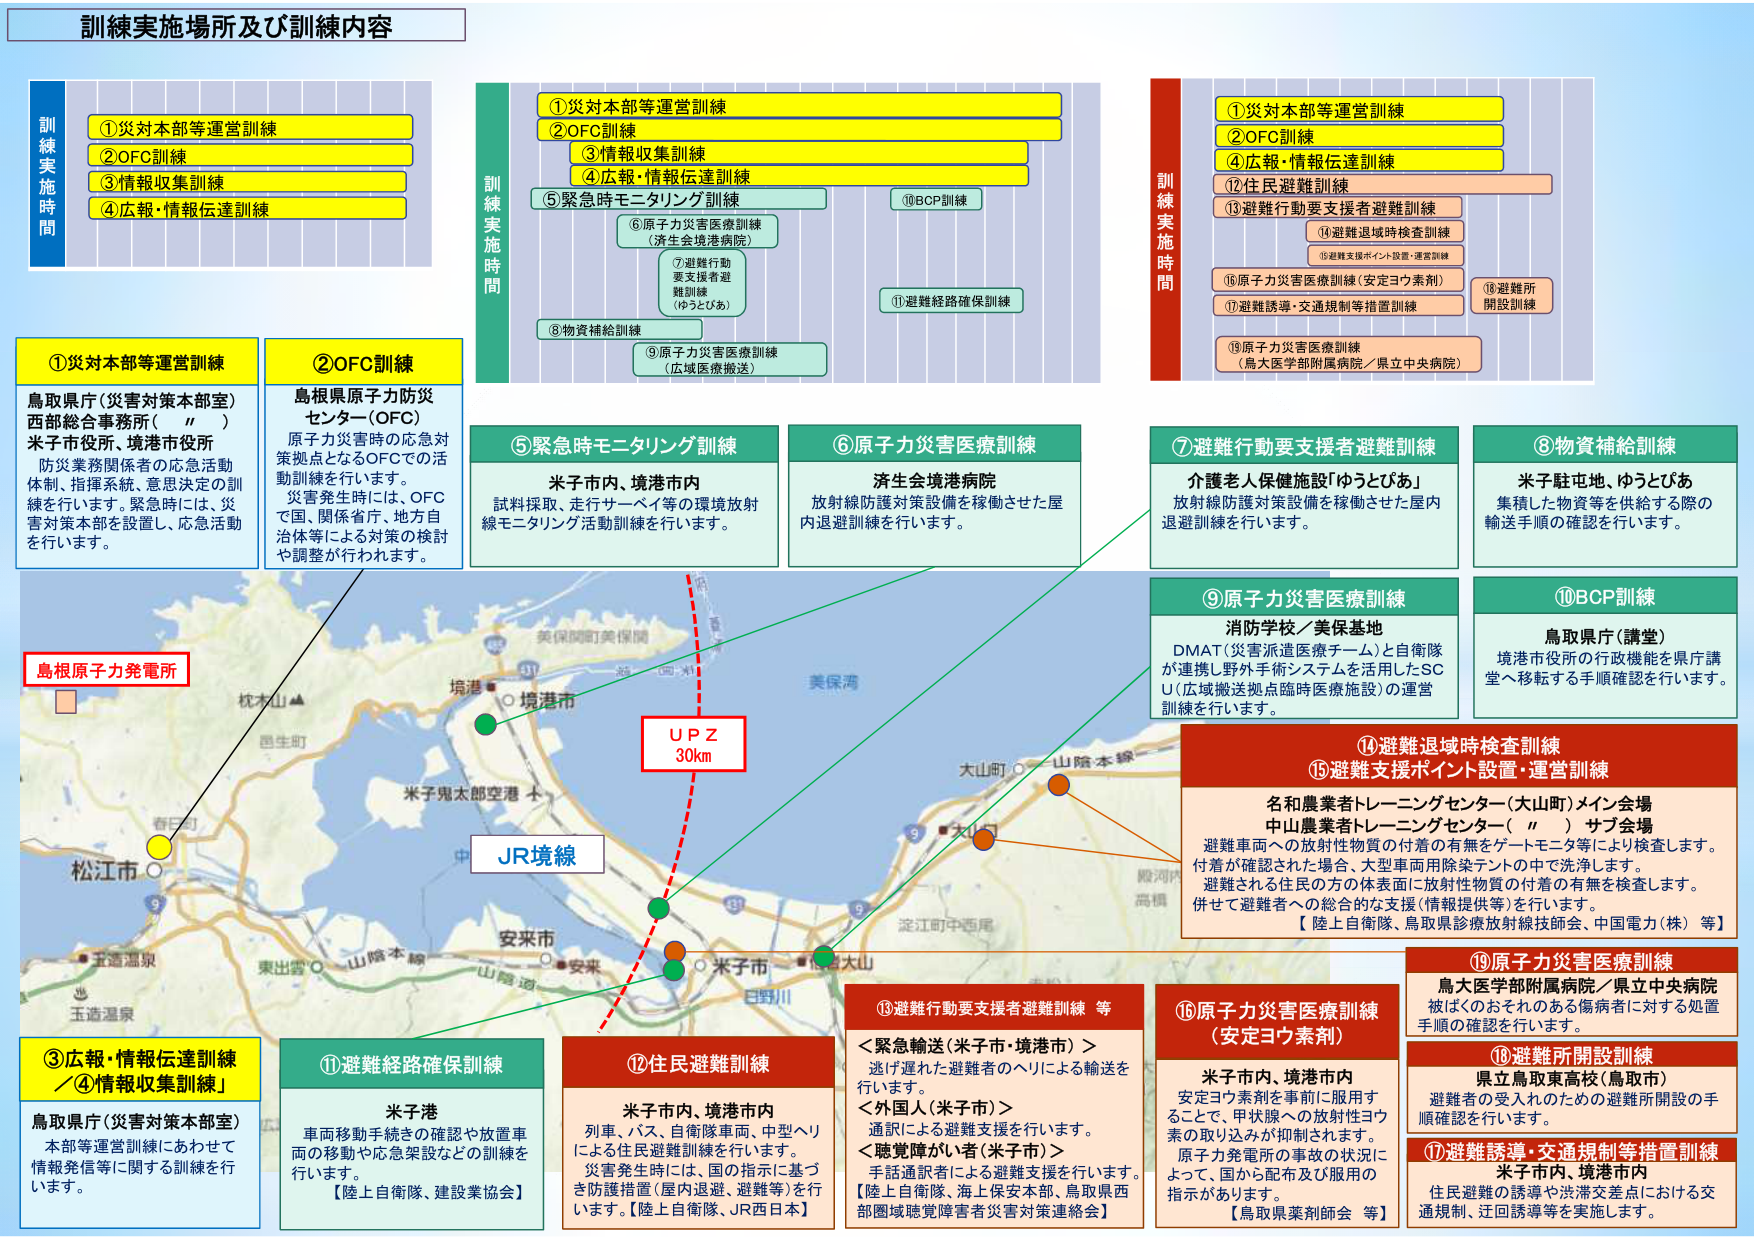
訓練実施場所及び訓練内容

訓練実施時間
①災対本部等運営訓練
②OFC訓練
③情報収集訓練
④広報・情報伝達訓練

訓練実施時間
①災対本部等運営訓練
②OFC訓練
③情報収集訓練
④広報・情報伝達訓練
⑤緊急時モニタリング訓練
⑥原子力災害医療訓練（済生会境港病院）
⑦避難行動要支援者避難訓練（ゆうとぴあ）
⑧物資補給訓練
⑨原子力災害医療訓練（広域医療搬送）
⑩BCP訓練
⑪避難経路確保訓練

訓練実施時間
①災対本部等運営訓練
②OFC訓練
④広報・情報伝達訓練
②住民避難訓練
⑬避難行動要支援者避難訓練
⑭避難退域時検査訓練
⑮避難支援ポイント設置・運営訓練
⑯原子力災害医療訓練（安定ヨウ素剤）
⑰避難誘導・交通規制等措置訓練
⑱避難所開設訓練
⑲原子力災害医療訓練（鳥大医学部附属病院／県立中央病院）

①災対本部等運営訓練
鳥取県庁（災害対策本部室）
西部総合事務所（〃）
米子市役所、境港市役所
防災業務関係者の応急活動体制、指揮系統、意思決定の訓練を行います。緊急時には、災害対策本部を設置し、応急活動を行います。

②OFC訓練
島根県原子力防災センター（OFC）
原子力災害時の応急対策拠点となるOFCでの活動訓練を行います。
災害発生時には、OFCで国、関係省庁、地方自治体等による対策の検討や調整が行われます。

⑤緊急時モニタリング訓練
米子市内、境港市内
試料採取、走行サーベイ等の環境放射線モニタリング活動訓練を行います。

⑥原子力災害医療訓練
済生会境港病院
放射線防護対策設備を稼働させた屋内退避訓練を行います。

⑦避難行動要支援者避難訓練
介護老人保健施設「ゆうとぴあ」
放射線防護対策設備を稼働させた屋内退避訓練を行います。

⑧物資補給訓練
米子駐屯地、ゆうとぴあ
集積した物資等を供給する際の輸送手順の確認を行います。

⑨原子力災害医療訓練
消防学校／美保基地
DMAT（災害派遣医療チーム）と自衛隊が連携し野外手術システムを活用したSCU（広域搬送拠点臨時医療施設）の運営訓練を行います。

⑩BCP訓練
鳥取県庁（講堂）
境港市役所の行政機能を県庁講堂へ移転する手順確認を行います。

⑪避難経路確保訓練
米子港
車両移動手続きの確認や放置車両の移動や応急架設などの訓練を行います。
【陸上自衛隊、建設業協会】

⑫住民避難訓練
米子市内、境港市内
列車、バス、自衛隊車両、中型ヘリによる住民避難訓練を行います。
災害発生時には、国の指示に基づき防護措置（屋内退避、避難等）を行います。【陸上自衛隊、JR西日本】

⑬避難行動要支援者避難訓練 等
＜緊急輸送（米子市・境港市）＞
逃げ遅れた避難者のヘリによる輸送を行います。
＜外国人（米子市）＞
通訳による避難支援を行います。
＜聴覚障がい者（米子市）＞
手話通訳者による避難支援を行います。
【陸上自衛隊、海上保安本部、鳥取県西部圏域聴覚障害者災害対策連絡会】

⑭避難退域時検査訓練
⑮避難支援ポイント設置・運営訓練
名和農業者トレーニングセンター（大山町）メイン会場
中山農業者トレーニングセンター（〃）サブ会場
避難車両への放射性物質の付着の有無をゲートモニタ等により検査します。
付着が確認された場合、大型車両用除染テントの中で洗浄します。
避難される住民の方の体表面に放射性物質の付着の有無を検査します。
併せて避難者への総合的な支援（情報提供等）を行います。
【陸上自衛隊、鳥取県放射線技師会、中国電力（株）等】

⑯原子力災害医療訓練（安定ヨウ素剤）
米子市内、境港市内
安定ヨウ素剤を事前に服用することで、甲状腺への放射性ヨウ素の取り込みが抑制されます。
原子力発電所の事故の状況によって、国から配布及び服用の指示があります。
【鳥取県薬剤師会 等】

⑰避難誘導・交通規制等措置訓練
米子市内、境港市内
住民避難の誘導や渋滞交差点における交通規制、迂回誘導等を実施します。

⑱避難所開設訓練
県立鳥取東高校（鳥取市）
避難者の受入れのための避難所開設の手順確認を行います。

⑲原子力災害医療訓練
鳥大医学部附属病院／県立中央病院
被ばくのおそれのある傷病者に対する処置手順の確認を行います。

島根原子力発電所
UPZ 30km
JR境線

③広報・情報伝達訓練／④情報収集訓練
鳥取県庁（災害対策本部室）
本部等運営訓練にあわせて情報発信等に関する訓練を行います。